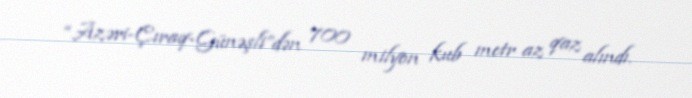
“Azəri-Çıraq-Günəşli”dən 700 milyon kub metr az qaz alındı.